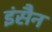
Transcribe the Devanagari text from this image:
इंसैन